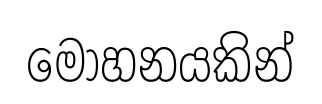
මෝහනයකින්